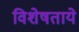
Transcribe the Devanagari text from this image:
विशेषताये